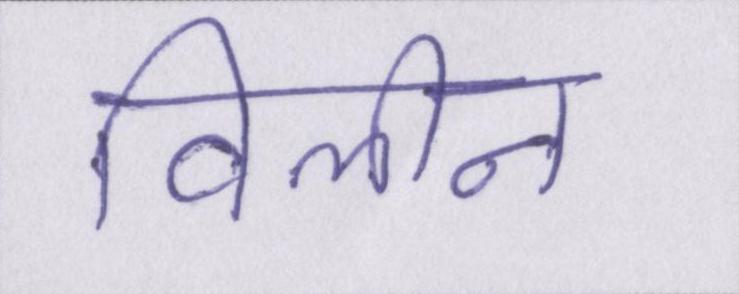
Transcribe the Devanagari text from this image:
विलीन